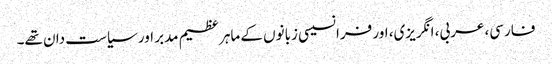
فارسی، عربی، انگریزی، اور فرانسیسی زبانوں کے ماہر عظیم مدبر اور سیاست دان تھے۔